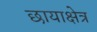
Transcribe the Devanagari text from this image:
छायाक्षेत्र